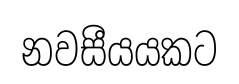
නවසීයයකට